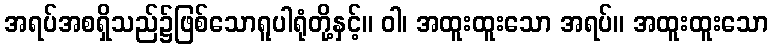
အရပ်အစရှိသည်၌ဖြစ်သောရူပါရုံတို့နှင့်။ ဝါ၊ အထူးထူးသော အရပ်။ အထူးထူးသော